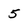
Character: 5